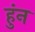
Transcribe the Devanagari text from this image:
हुंन